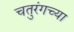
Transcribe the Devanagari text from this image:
चतुरंगच्या